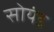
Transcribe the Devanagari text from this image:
सोयंड